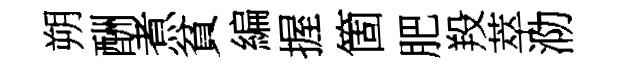
朔酬煮貧編握箇肥羖萃泐